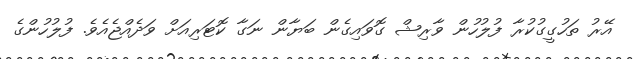
އޭރު ތަހުގީގުކުރާ ފުލުހުން ވާރިޝް ގޮވައިގެން ބަޔާން ނަގާ ކޮޓަރިއަށް ވަދެއްޖެއެވެ. ފުލުހުންގެ